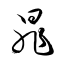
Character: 晁